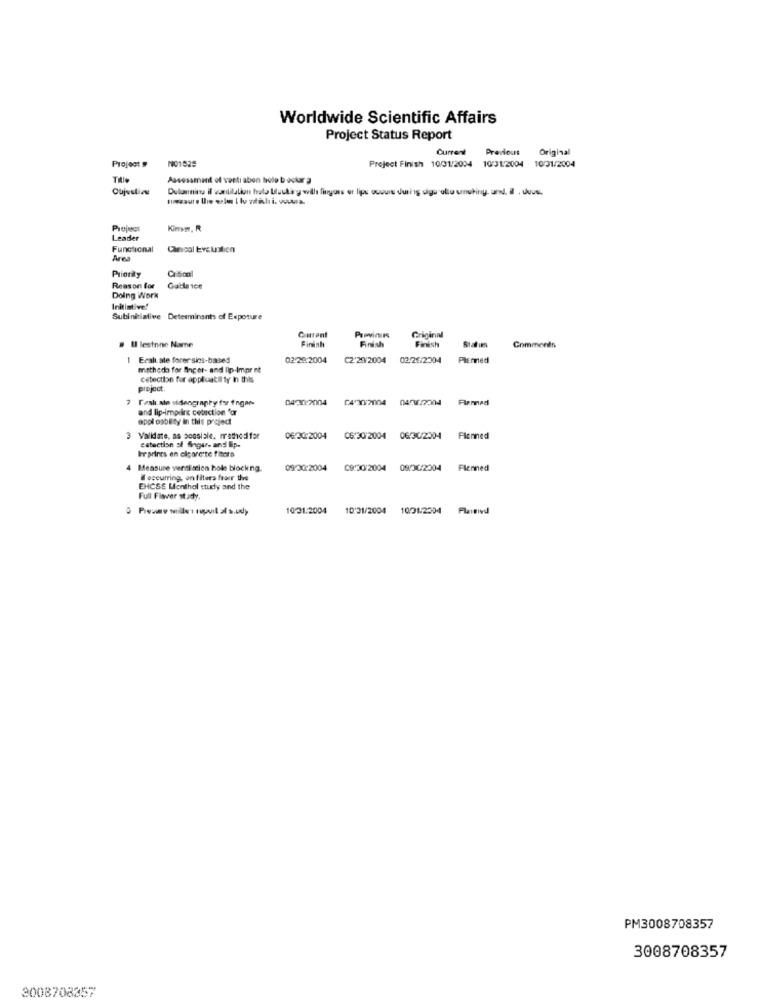
Worldwide Scientific Affairs
Project Status Report
Current
Previous
Original
Project #
NO1529
Project Finish 1001/2004 10/312004
10/01/2004
Assessment of venti abon hole bockar
Oujustine
Duloninina il wantilation hola Uluukarg will fingers or lipe occurs during uigu ullu smoking. und. Il . dvs.
Project
Kiesin, R
Leader
Functional
Carical Evaluation
Ares
Priority
Cascol
Reason for
Doing Work
Initiative'
Subinitiative Determinants of Exposure
Curent
Finish
Provinin
Finish
Griginnl
Finish
# Il lestone Name
Comments
1 Eral ate forer sins-based
02-28:2004
C2'29/2004 02/26/2004
Flemed
method for Binger- and lip-Impr nt
cetection for applicati ty in this
project.
04/202004
C430/7004
04967004
Fizmed
and lip-imprint cetection for
appl oability in this project
3 Validate, as possisie, mathedifar
estection al finger- and &p.
0630.2004
C6:30/2004
0630/2004
Planned
ler prints en clearerte fitora
Measure ventilation hole blocking.
09:30:2004
C930/2004
09/30/2004
Flenned
doseurring, on filters froer the
Full Fisver st ady.
10.31.2004
10:31/2004
1001-2304
Plagivd
PM3008708357
3008708357
3008708357